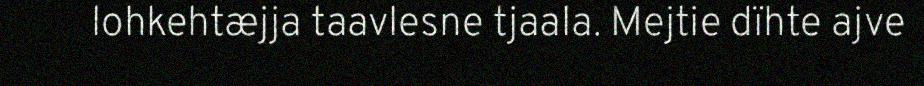
lohkehtæjja taavlesne tjaala. Mejtie dïhte ajve